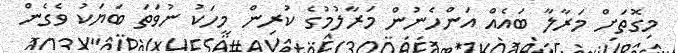
މިގޮތަށް މަރާލާ ބައެއް އަންހެނުން މަރާލުމުގެ ކުރިން މީހަކު ނުވަތަ ބަޔަކު ވެގެން